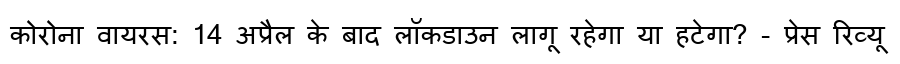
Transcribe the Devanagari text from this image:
कोरोना वायरस: 14 अप्रैल के बाद लॉकडाउन लागू रहेगा या हटेगा? - प्रेस रिव्यू